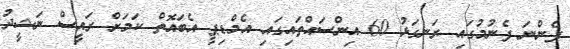
ފެންނަ ފެނުމުގައި ރަނގަޅު 60 އިންސައްތައިގައި އެމްޑިޕީ އެބައޮތް ކަމަށް ރައީސް ނަޝީދު